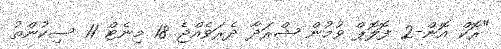
"ރޮކް އޮން-2 ފޮލޮޕް ވުމުން ޝްރަދާ ދެރަވެއްޖެ 18 މިނެޓް 11 ސިކުންތު